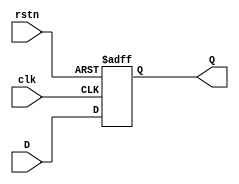
module	DFF(
	clk,
	rstn,
	
	D,
	Q
);

parameter	datawidth=14;

input	wire	clk;
input	wire	rstn;

input	wire[datawidth-1:0]	D;
output	reg[datawidth-1:0]	Q;

always@(posedge clk or negedge rstn)
begin
	if(~rstn)	Q<='d0;
	else	Q<=D;
end

endmodule

module posedge_detection (
   input  clk,
   input  rstn,
   input  in,
   output out
);

reg r_data_in0;
reg r_data_in1;

assign out = ~r_data_in0 & r_data_in1;

always@(posedge clk or negedge rstn)
begin
	if (!rstn)
	begin
		r_data_in0 <= 0;
		r_data_in1 <= 0;
	end
	else
	begin
		r_data_in0 <= r_data_in1;
		r_data_in1 <= in;
	end
end

endmodule

module shift_9 #(parameter data_width = 14)(
    input [data_width-1:0] din,
	input rstn,clk,
	output wire [data_width-1:0] dout
	);
	
	reg [data_width-1:0] t0,t1,t2,t3,t4,t5,t6;
	reg [data_width-1:0] t7,t8;
	
	always@(posedge clk or negedge rstn)
	begin
	  if(~rstn) begin
	    t0 <= 0; t1 <= 0; t2 <= 0; t3 <= 0; t4 <= 0;
	    t5 <= 0; t6 <= 0; t7 <= 0; t8 <= 0;end
	  else begin
	    t0 <= din;
	    t1 <= t0; t2 <= t1; t3 <= t2; t4 <= t3;
	    t5 <= t4; t6 <= t5; t7 <= t6; t8 <= t7;
	  end
	end
	
	assign dout = t8;
endmodule